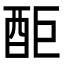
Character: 䣰